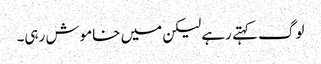
لوگ کہتے رہے لیکن میں خاموش رہی۔